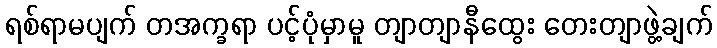
ရစ်ရာမပျက် တအက္ခရာ ပင့်ပုံမှာမူ တျာတျာနီထွေး တေးတျာဖွဲ့ချက်